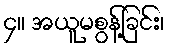
၄။ အယူမစွန့်ခြင်း၊